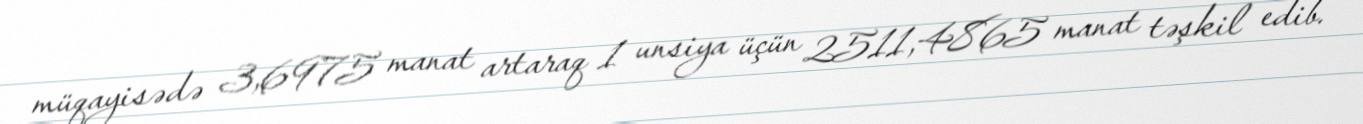
müqayisədə 3,6975 manat artaraq 1 unsiya üçün 2511,4865 manat təşkil edib.